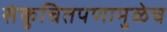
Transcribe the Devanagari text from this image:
संकुचितपणामुळेच